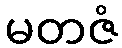
မတဇံ